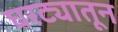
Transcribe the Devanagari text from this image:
घरट्यातून